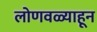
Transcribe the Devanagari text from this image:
लोणवळ्याहून